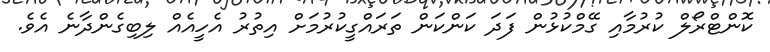
ކޮންޓްރޯލް ކުރުމާއި ގޭމްކުޅުން ފަދަ ކަންކަން ތަރައްގީކުރުމަށް އިތުރު އެހީއެއް ލިބިގެންދާނެ އެވެ.